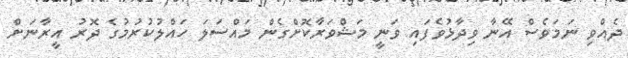
ދެއްވި ނަމަވެސް އޭނާ ވިދާޅުވެފައި ވަނީ މަޝްވަރާކޮށްގެން މައްސަލަ ހައްލުކުރުމުގެ ދޮރު އީރާނަށް